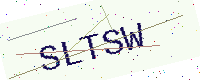
Text: SLTSW